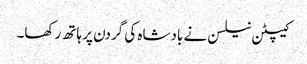
کیپٹن نیلسن نے بادشاہ کی گردن پر ہاتھ رکھا۔